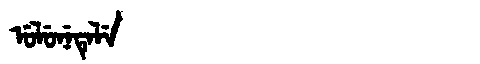
Manchu: ᡠᠯᡠᠨᡝᡨᡝᠯᡝ
Romanization: ULUNETELE